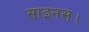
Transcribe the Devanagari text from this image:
साइनस।